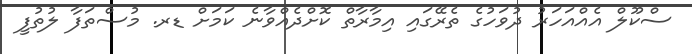
ސްކޫލް އެއްއަހަރު ދުވަހުގެ ތެރޭގައި އިމާރާތް ކޮށްދެއްވާނެ ކަމަށް ޑރ. މުސްތަފާ ލުތުފީ